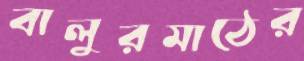
বালুরমাঠের